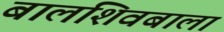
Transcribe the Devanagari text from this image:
बालशिवबाला